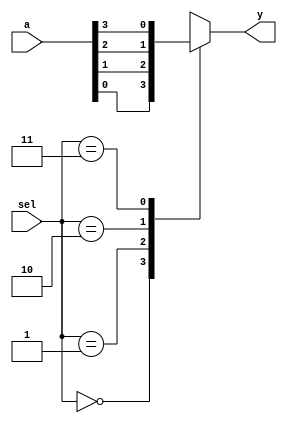
/********************************************************************************************

Copyright 2018-2019 - Maven Silicon Softech Pvt Ltd. All Rights Reserved.

This source code is an unpublished work belongs to Maven Silicon Softech Pvt Ltd.
It is considered a trade secret and is not to be divulged or used by parties who 
have not received written authorization from Maven Silicon Softech Pvt Ltd.

Maven Silicon Softech Pvt Ltd
Bangalore - 560076

Webpage: www.maven-silicon.com

Filename:	mux4_1.v   

Description:	4:1 mux design

Date:		01/05/2018

Author:		Maven Silicon

Email:		online@maven-silicon.com
		 

Version:	1.0

*********************************************************************************************/
 
module mux4_1(a,
              sel,
              y);

// Step 1 : Define the port directions with proper datatypes and ranges. 
     
  input [3:0] a;	
  input [1:0] sel;
  output reg y;


// Step 2 : Write the MUX behaviour as a parallel logic using case statement in behaviour modelling.


  always@(*)	
  begin
    case(sel)
      2'd0:y=a[0];
      2'd1:y=a[1];
      2'd2:y=a[2];
      2'd3:y=a[3];
    endcase
  end

endmodule